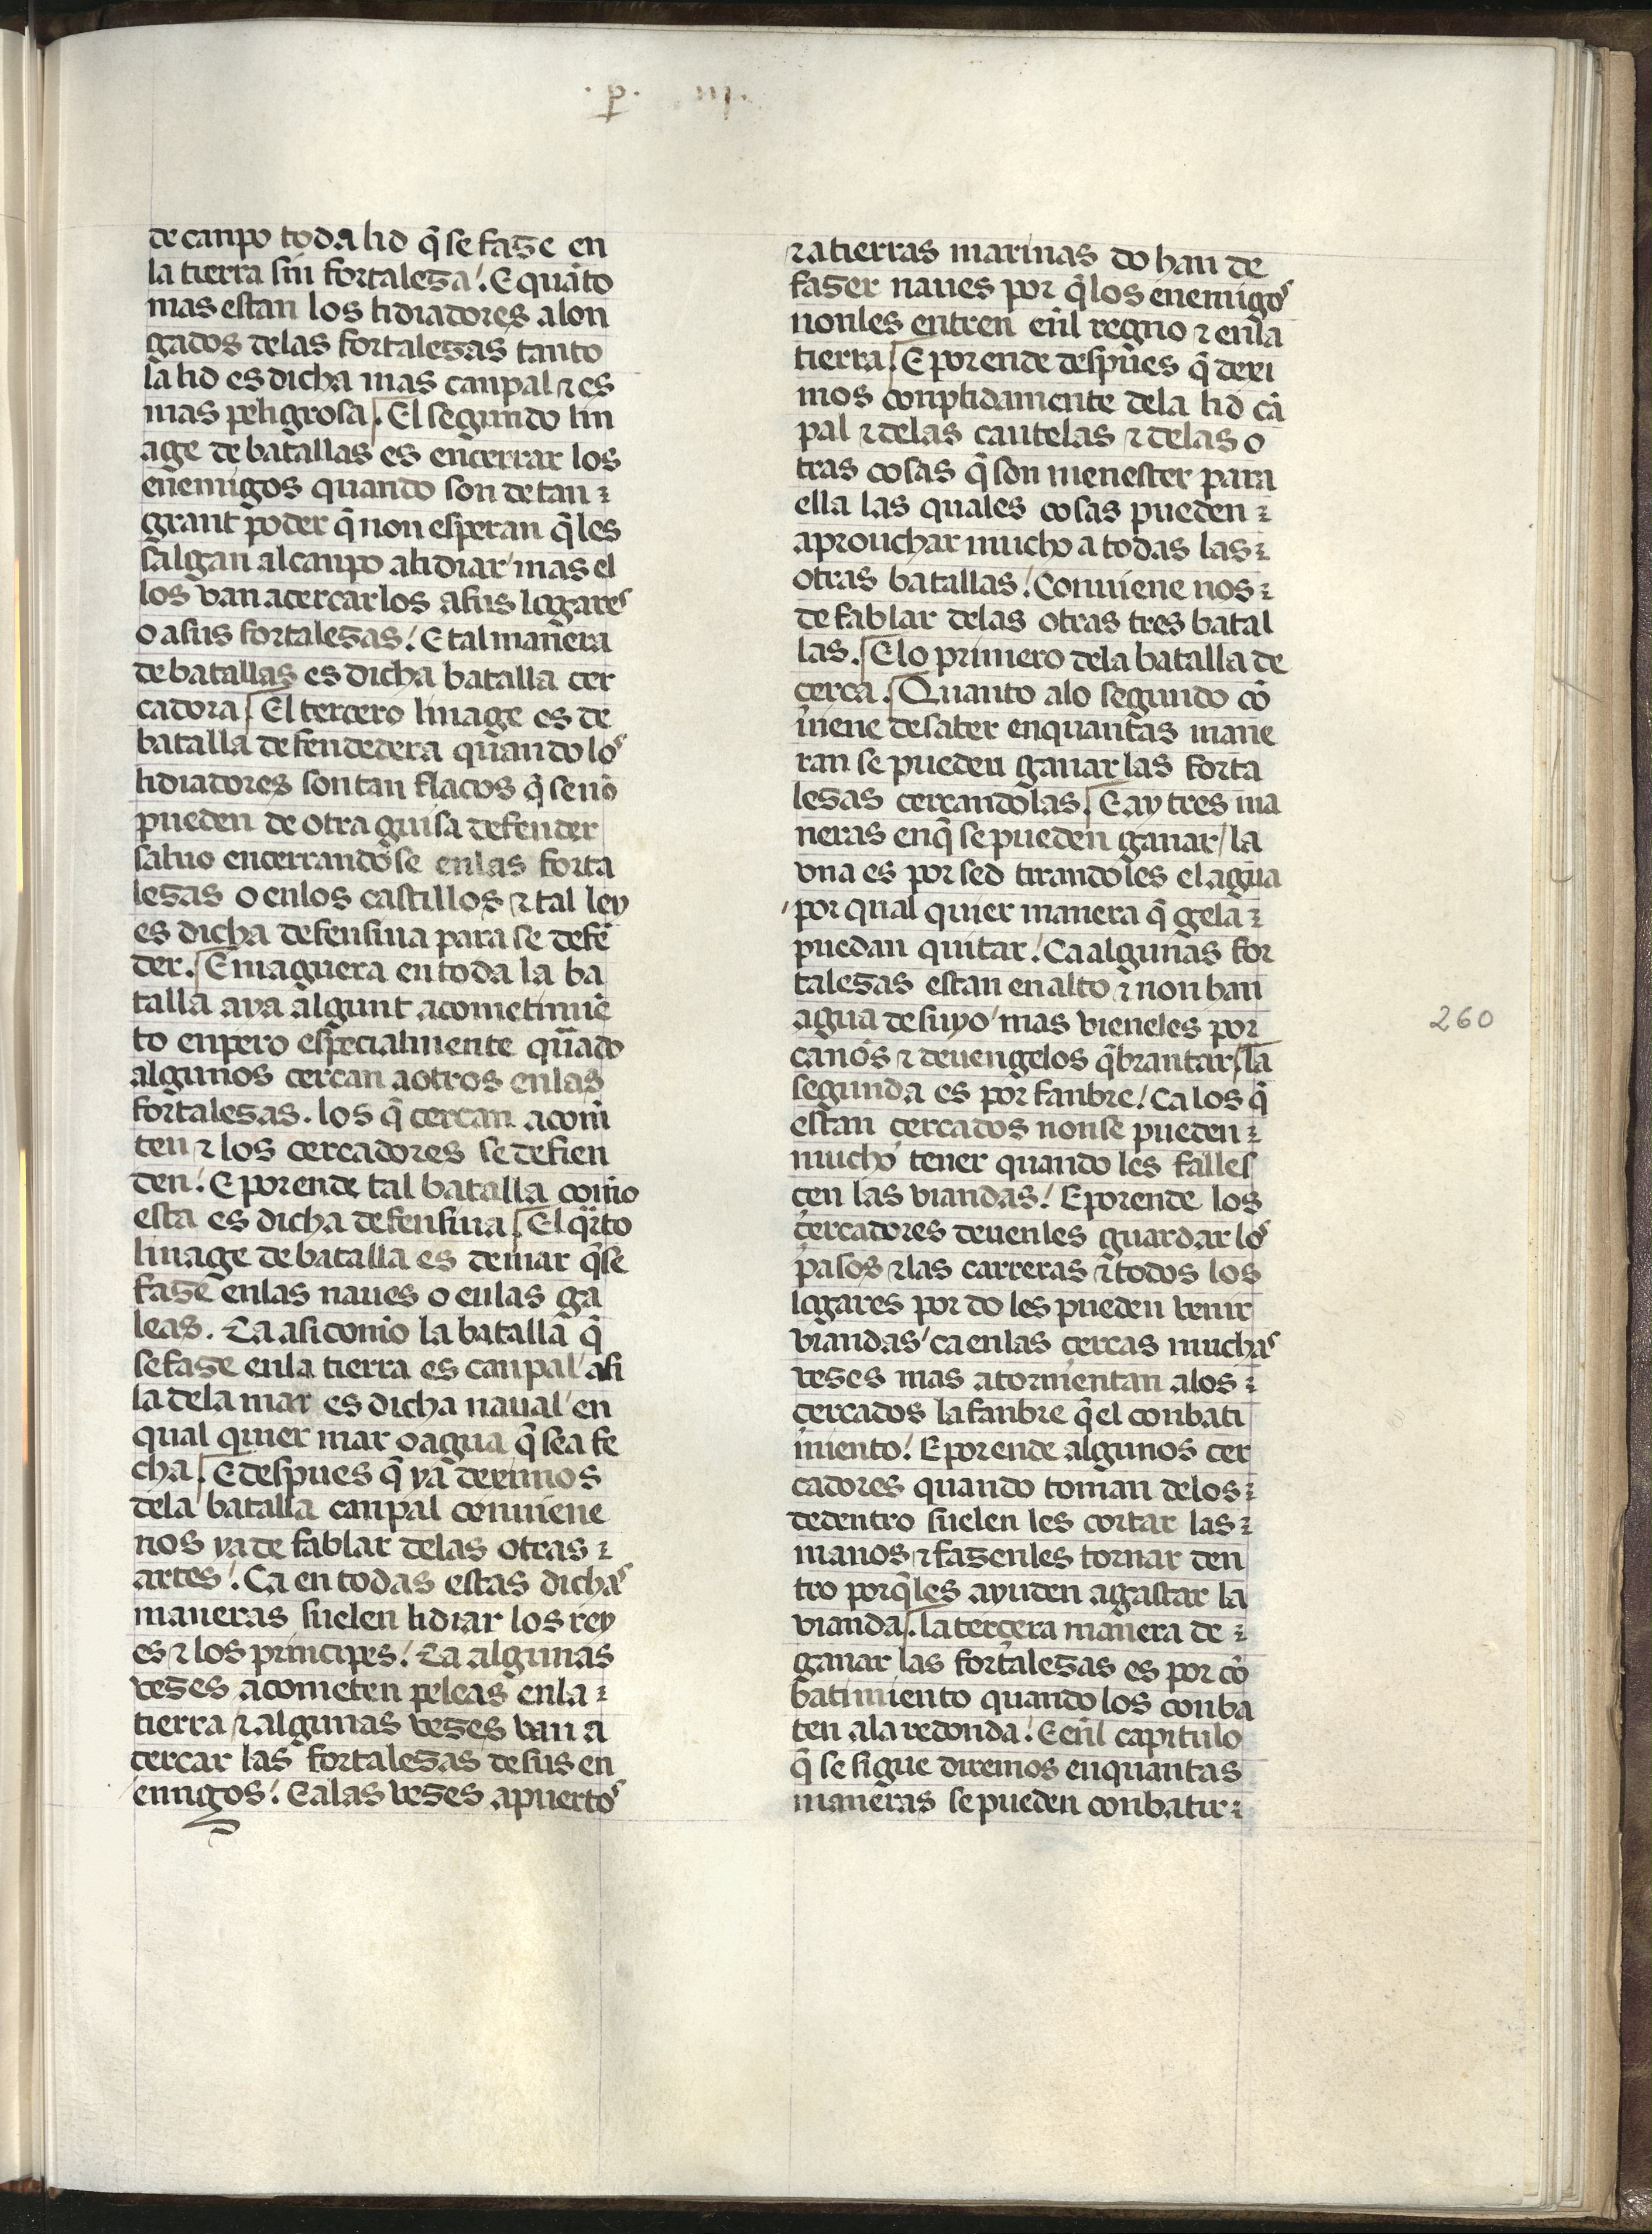
Shelfmark: Madrid, Fundación Lázaro Galdiano, mss 289
Century: 15